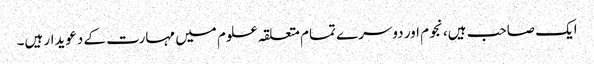
ایک صاحب ہیں، نجوم اور دوسرے تمام متعلقہ علوم میں مہارت کے دعویدار ہیں۔